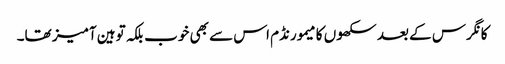
کانگرس کے بعد سکھوں کا میمورنڈم اس سے بھی خوب بلکہ توہین آمیز تھا۔